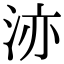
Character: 洂